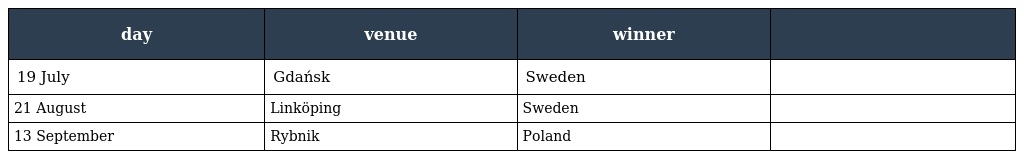
| day | venue | winner |  |
 | --- | --- | --- | --- |
 | 19 July | Gdańsk | Sweden |  |
 | 21 August | Linköping | Sweden |  |
 | 13 September | Rybnik | Poland |  |